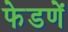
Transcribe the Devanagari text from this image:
फेडणें